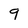
Character: 9